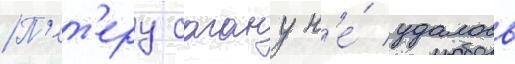
П'ет'еру сагану н'е́ удалось